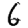
Digit: 6